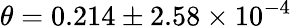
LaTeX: \theta=0.214\pm 2.58\times 10^{-4}